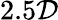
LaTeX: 2.5\mathcal{D}